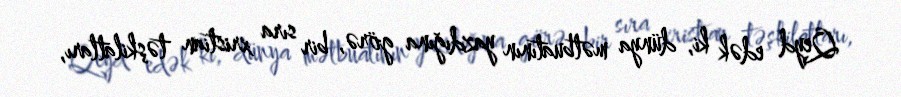
Qeyd edək ki, dünya mətbuatının yazdığına görə, bir sıra xristian təşkilatları,